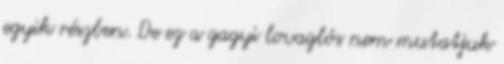
egyik részben. De ez a gagyi lovaglós nem mutatjuk